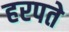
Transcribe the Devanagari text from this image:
हरपते